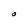
Character: O